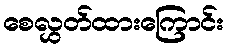
စေလွှတ်ထားကြောင်း